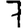
Digit: 7